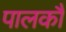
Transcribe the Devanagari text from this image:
पालकौं